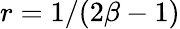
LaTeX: r=1/(2\beta-1)